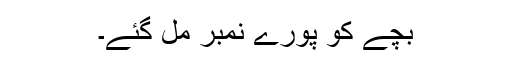
بچے کو پورے نمبر مل گئے۔